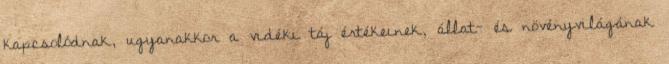
kapcsolódnak, ugyanakkor a vidéki táj értékeinek, állat- és növényvilágának